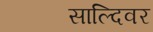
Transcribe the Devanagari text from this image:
साल्दिवर